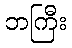
ဘကြီး